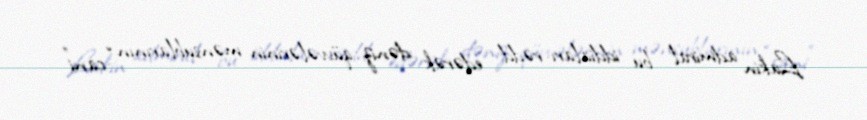
Lakin admiral bu iddiaları rədd edərək dəniz qüvvələrinin mənsublarının “cani”